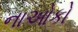
નાઓકો